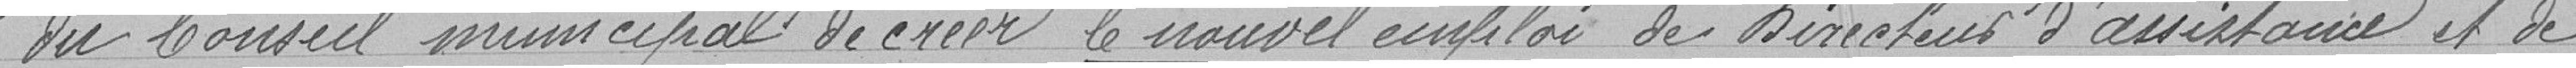
du Conseil municipal de créer le nouvel emploi de Directeur d'assistance et de